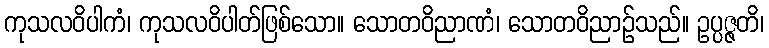
ကုသလဝိပါကံ၊ ကုသလဝိပါတ်ဖြစ်သော။ သောတဝိညာဏံ၊ သောတဝိညာဉ်သည်။ ဥပ္ပဇ္ဇတိ၊